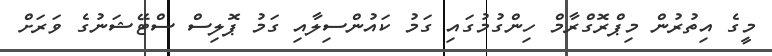
މީގެ އިތުރުން މިޕްރޮގްރާމް ހިންގުމުގައި ގަމު ކައުންސިލާއި ގަމު ޕޮލިސް ސްޓޭޝަނުގެ ވަރަށް